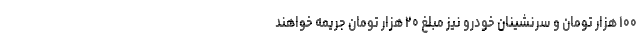
۱۰۰ هزار تومان و سرنشینان خودرو نیز مبلغ ۲۰ هزار تومان جریمه خواهند